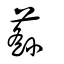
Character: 蘨